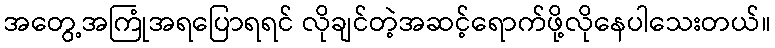
အတွေ့အကြုံအရပြောရရင် လိုချင်တဲ့အဆင့်ရောက်ဖို့လိုနေပါသေးတယ်။